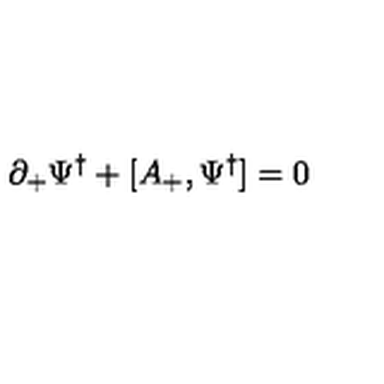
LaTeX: \partial _ { + } { \Psi ^ { \dagger } } + [ A _ { + } , { \Psi ^ { \dagger } } ] = 0